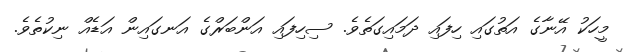
މީހަކު އޭނާގެ އަތުގައި ހިފައި ދަމައިގަތެވެ. ސިހިފައި އަންބަރްގެ އަނގައިން އަޑެއް ނިކުތެވެ.